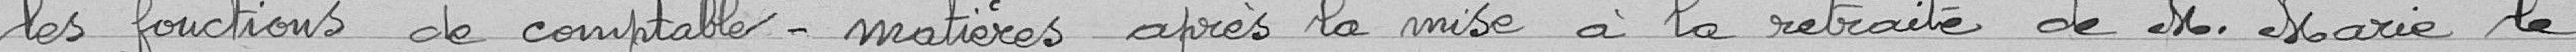
les fonctions de comptable - matières après la mise à la retraite de Monsieur Marie, le